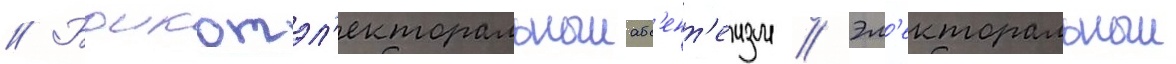
// Боикотэл'екторальныиабс'ент'еизм // Эл'екторальныи